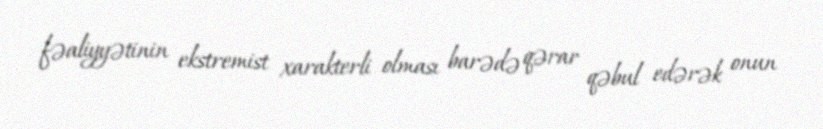
fəaliyyətinin ekstremist xarakterli olması barədə qərar qəbul edərək onun